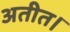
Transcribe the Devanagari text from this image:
अतीत।